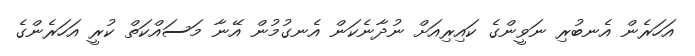
އަހަރެން އެނބުރި ނަވީންގެ ކައިރިއަށް ނުދާނެކަން އެނގުމުން އޭނާ މަސައްކަތް ކުރީ އަހަރެންގެ